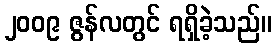
၂၀၀၉ ဇွန်လတွင် ရရှိခဲ့သည်။